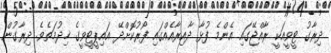
ދިރާގު ޓީވީއަކީ ރާއްޖޭގައި އެންމެ ފުޅާ ދާއިރާއެއްގައި ފޯރުކޮށްދޭ އައިޕީޓީވީގެ ޚިދުމަތެވެ. ދިރާގުން